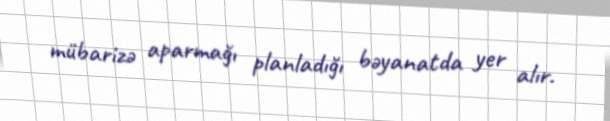
mübarizə aparmağı planladığı bəyanatda yer alır.